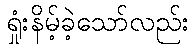
ရှုံးနိမ့်ခဲ့သော်လည်း